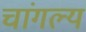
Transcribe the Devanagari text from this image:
चांगल्य